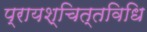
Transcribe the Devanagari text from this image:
प्रायश्चित्तविधि